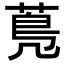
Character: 𦳓